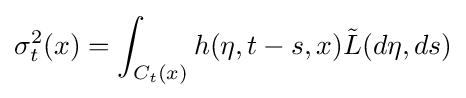
\sigma _{t}^{2}(x)=\int _{C_{t}(x)}h(\eta ,t-s,x){\tilde {L}}(d\eta ,ds)